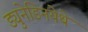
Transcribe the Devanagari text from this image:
ड्युनेडिनयेथे